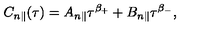
C _ { n \parallel } ( \tau ) = A _ { n \parallel } \tau ^ { \beta _ { + } } + B _ { n \parallel } \tau ^ { \beta _ { - } } ,